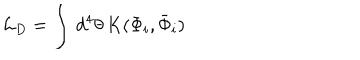
LaTeX: { \cal L } _ { D } = \int \, d ^ { 4 } \theta \, K ( \Phi _ { i } , \bar { \Phi } _ { i } )